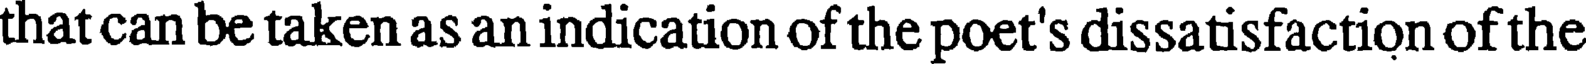
that can be taken as an indication of the poet's dissatisfaction of the